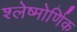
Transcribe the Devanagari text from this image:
श्लेष्मोर्णिक